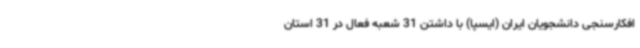
افکارسنجی دانشجویان ایران (ایسپا) با داشتن 31 شعبه فعال در 31 استان